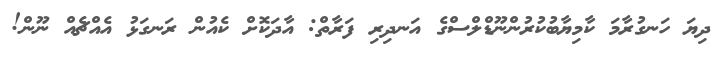
ދިޔަ ހަނގުރާމަ ކާމިޔާބުކުރުންނޫޑްލްސްގެ އަނދިރި ފަރާތް: އާދަކޮށް ކެއުން ރަނގަޅު އެއްޗެއް ނޫން!